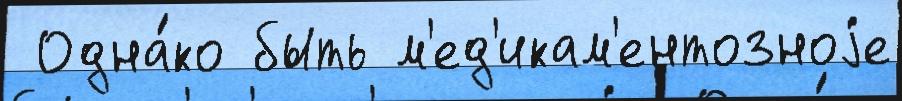
 Одна́ко быть м'ед'икам'ентозноjе